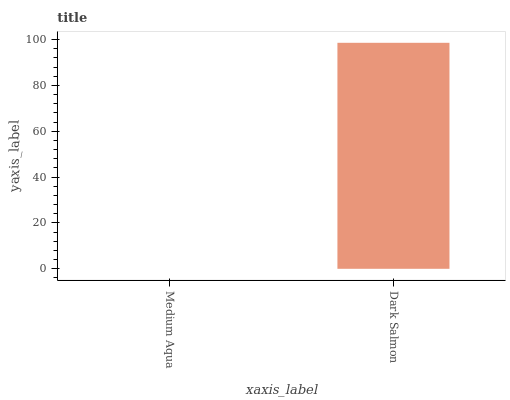
| xaxis_label | bars |
 | --- | --- |
 | Medium Aqua | 0 |
 | Dark Salmon | 98.6 |